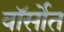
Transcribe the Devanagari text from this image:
वॉर्सोत